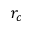
r _ { c }